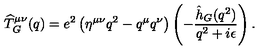
{ \widehat T _ { G } } ^ { \mu \nu } ( q ) = e ^ { 2 } \left( \eta ^ { \mu \nu } q ^ { 2 } - q ^ { \mu } q ^ { \nu } \right) \left( - { \frac { \hat { h } _ { G } ( q ^ { 2 } ) } { q ^ { 2 } + i \epsilon } } \right) .